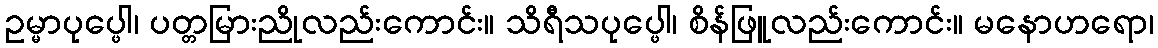
ဥမ္မာပုပ္ဖေါ၊ ပတ္တမြားညိုလည်းကောင်း။ သိရီသပုပ္ဖေါ၊ စိန်ဖြူလည်းကောင်း။ မနောဟရော၊